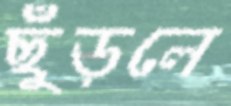
ছুঁড়লে